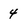
Character: 4